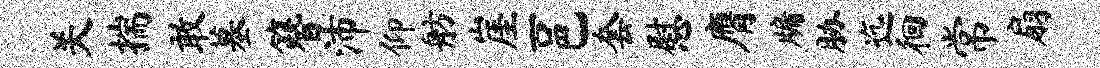
关揣敢墓簪沛仰舫崖一邑套慰膺牖胁迄徊常扇